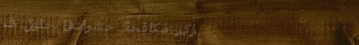
مركز مكافحة حشرات: حلول ف